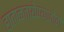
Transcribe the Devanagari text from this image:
हाताळतायेण्याजोगे